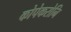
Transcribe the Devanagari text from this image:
कोपेकरोनि